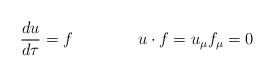
LaTeX: \begin{align*}\frac{du}{d\tau }=f\qquad \qquad u\cdot f=u_\mu f_\mu =0 \end{align*}